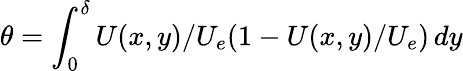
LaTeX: \theta=\int_{0}^{\delta}U(x,y)/U_{e}(1-U(x,y)/U_{e})\, dy